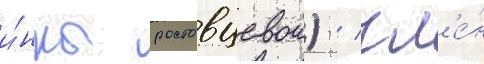
и́нны ростовцевои) / чл'е́н